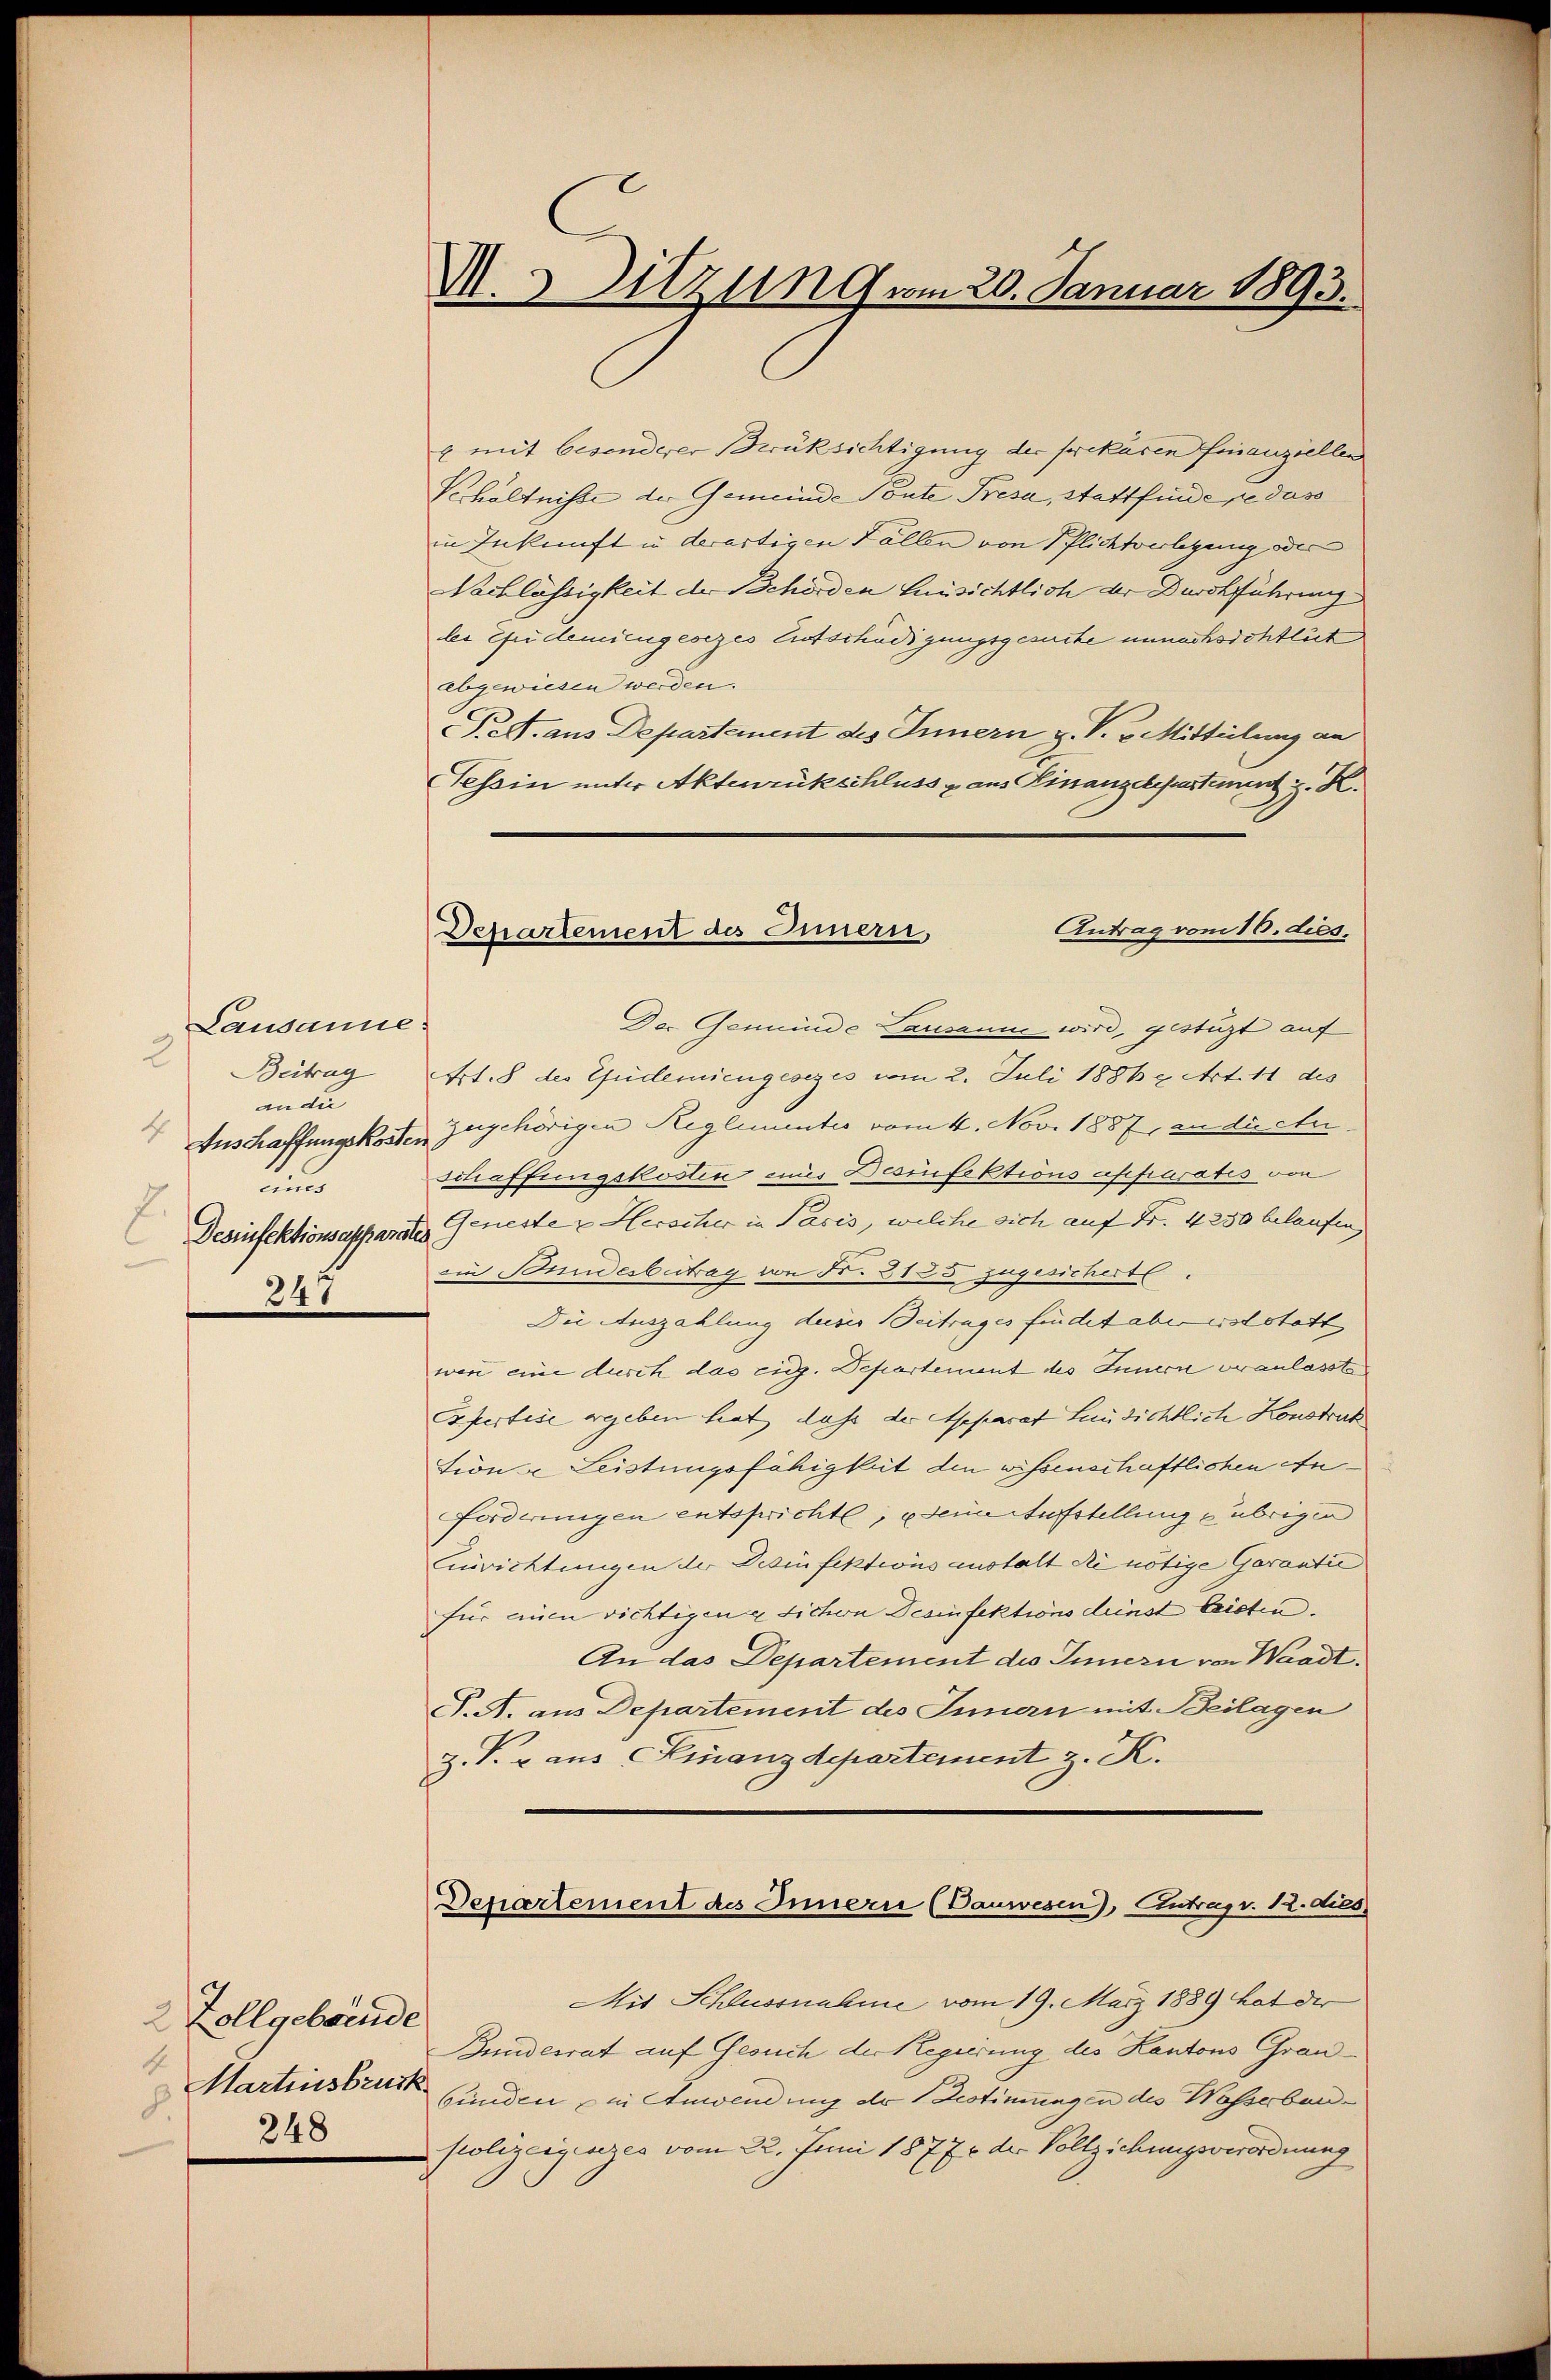
Lausanne
2
Beitrag
anan
 Anschaffungskoste
und
E.
Desinfektionsappara
247

2 Zollgebände
4
Martinsbruck
d
248

M. Sitzung vom 20. Januar 1893.

Antrag vom 16. dies
Departement des Innern,

& mit besonderer Berüksichtigung der prekären finanziellen
Khältnisse der Gemeinde Toute Fresa, Stattfinde se das
in Inkunft in derartigen Fällen von Pflichtverlegung oder
Nachlässigkeit der Behörden Hinsichtlich der Durchführung
lei Guidemiengesezes Entschädigungsgesuche unnachsichtlich
abgewiesen werden.
Pett. aus Departement des Innern z. P. v. Mitteilung an
Tessin unter Aktenrückschluss u. aus Kinanzdepartement z. K.
Der Gemeinde Causanne wird, gestüzt auf
Art. 8 des Gudemiengesezes vom 2. Juli 1886 9 Art. 11 des
Zugehörigen Reglementes vom 4. Nov. 1887, in dictir
schaffungskosten mir Desinfektions affraratis von
Geneste u Herscher in Pacis, welche sich auf Fr. 4250 belaufen,
eim Bundesbetrag von Fr. 3125. zugesichert.
Die Auszahlung deser Beitrages findet aber erst statt
wen eine durch das eidg. Departement des Innern veranlasste
Expertise ergeben hat, daß der Reparat Hinsichtlich Konstruk
tion Leistungsfähigkeit den wissenschaftlichen Anforderungen entsprichte, u seine Aufstellung übrigen
inrichtungen der Desinfektions anstalt die nötige Garanti
für einen richtigen sichen Desinfektions denst leisten.
An das Departement des Innern von Waadt,
T. A. aus Departement des Innern mit Beilagen
z. P. r aus Finanzdepartement z. K.

Departement des Innern (Dauwesen), Antrag v. 12. dies

Mit Schlussnahme vom 19. März 1889 hat der
Bundesrat auf Gesuch der Regierung des Kantons Graubunden in Anwendung der Bestimungen des Wasserbaupolizeigenzes vom 22. Juni 1877 der Vollziehungsverordnung